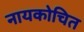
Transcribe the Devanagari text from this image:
नायकोचित